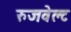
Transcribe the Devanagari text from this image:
रुजवेल्ट